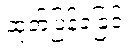
ထုတ်ပြန်ခဲ့ခြင်း